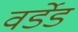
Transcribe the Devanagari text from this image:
वर्डेड